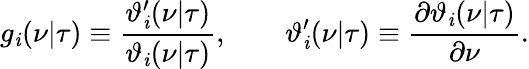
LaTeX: g_{\mathit{i}}(\nu|\tau)\equiv{\frac{{\vartheta_{\mathit{i}}^{\prime}(\nu|\tau)}}{{\vartheta_{\mathit{i}}(\nu|\tau)}}},\qquad\vartheta_{\mathit{i}}^{\prime}(\nu|\tau)\equiv{\frac{{\partial\vartheta_{\mathit{i}}(\nu|\tau)}}{{\partial\nu}}}.